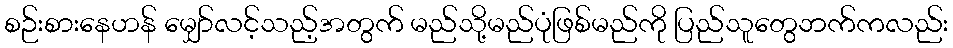
စဉ်းစားနေဟန် မျှော်လင့်သည့်အတွက် မည်သို့မည်ပုံဖြစ်မည်ကို ပြည်သူတွေဘက်ကလည်း